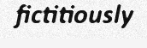
fictitiously